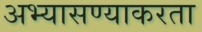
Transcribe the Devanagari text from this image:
अभ्यासण्याकरता